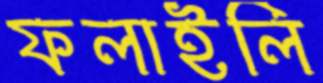
ফলাইলি